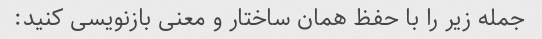
جمله زیر را با حفظ همان ساختار و معنی بازنویسی کنید: